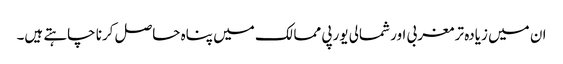
ان میں زیادہ تر مغربی اور شمالی یورپی ممالک میں پناہ حاصل کرنا چاہتے ہیں۔